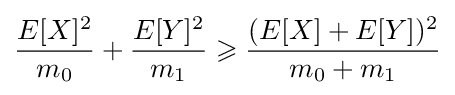
{\frac {E[X]^{2}}{m_{0}}}+{\frac {E[Y]^{2}}{m_{1}}}\geqslant {\frac {(E[X]+E[Y])^{2}}{m_{0}+m_{1}}}